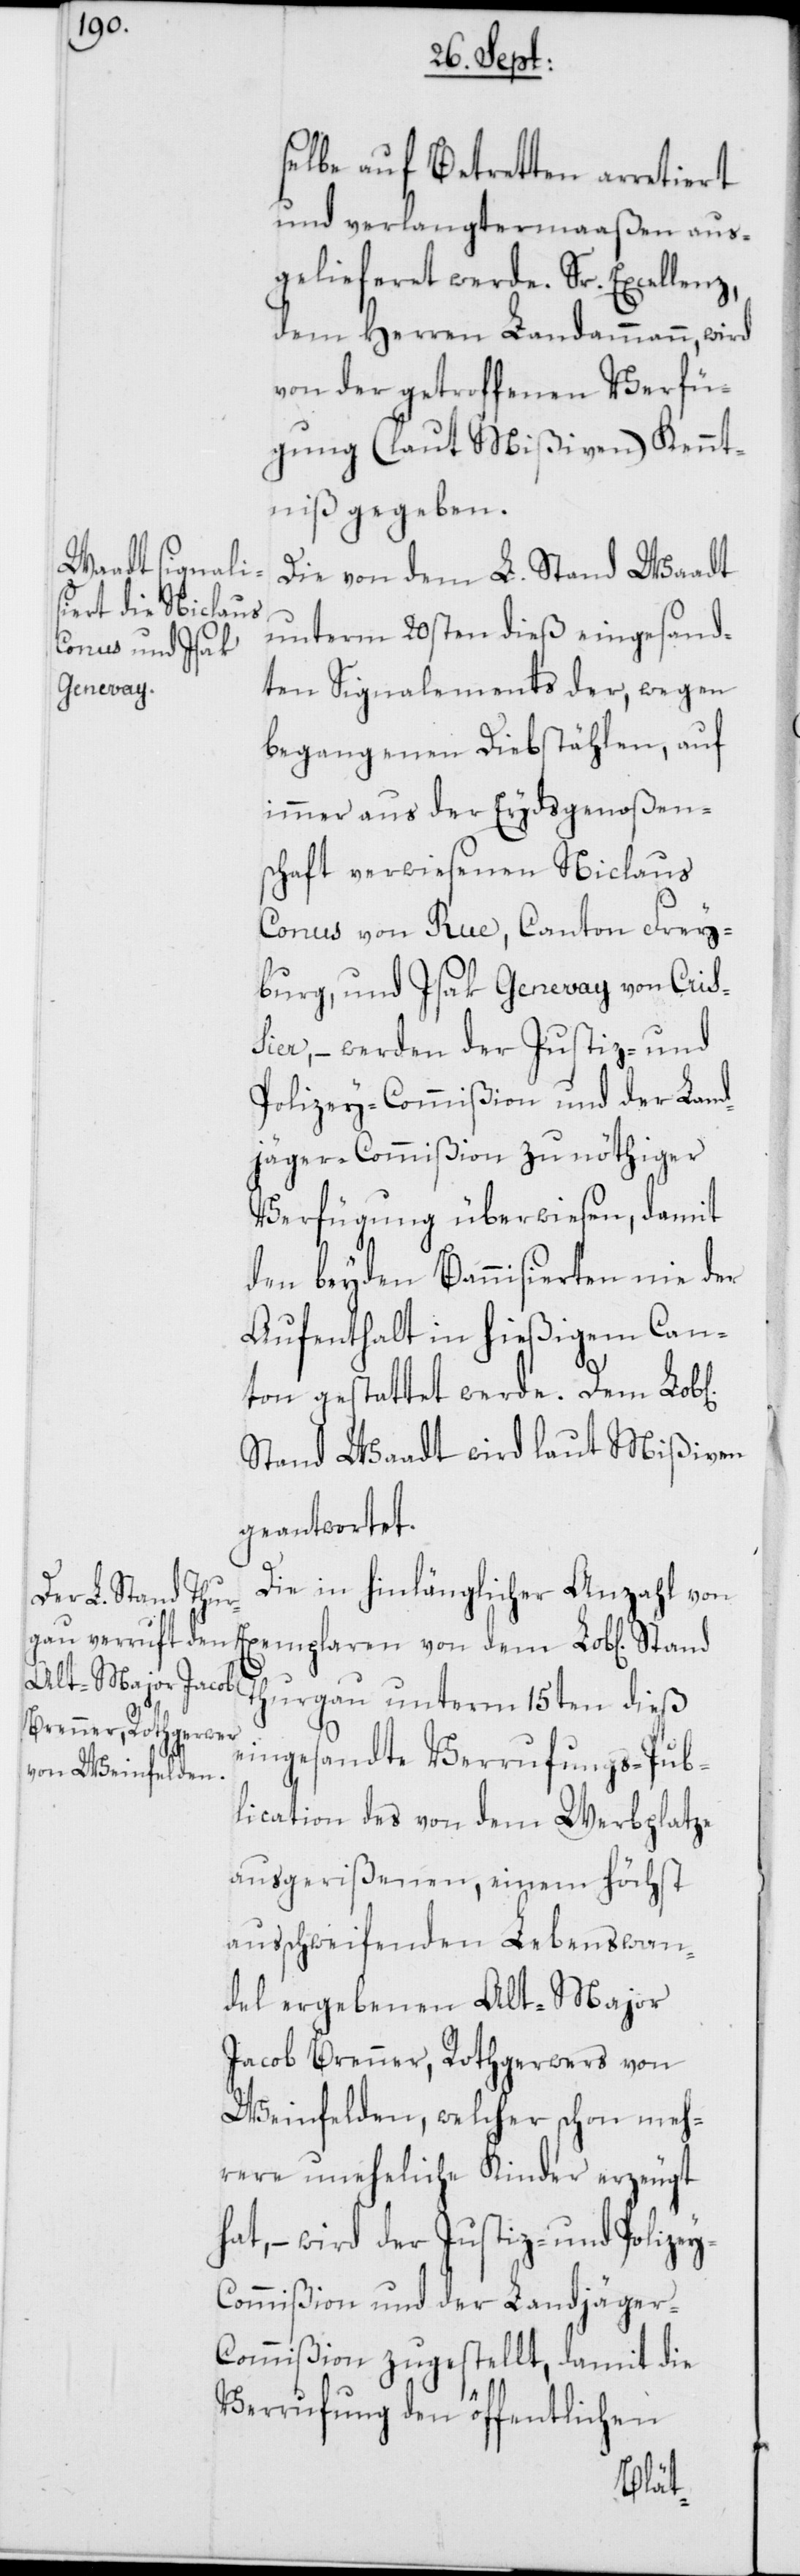
selbe auf Betretten arretiert
und verlangtermaaßen aus¬
gelieferet werde. Sr. Excellenz,
dem Herren Landammann, wird
von der getroffenen Verfü¬
gung (laut Mißiven) Kennt¬
niß gegeben.
Die von dem L. Stand Waadt
unterm 20sten dieß eingesand¬
ten Signalements der, wegen
begangenen Diebstählen, auf
immer aus der Eydsgenoßens¬
chaft verwiesenen Niclaus
Conus von Rue, Canton Frey¬
burg, und Isak Genevay von Cris¬
sier, – werden der Justiz- und
Polizey-Commißion und der Land¬
jäger-Commißion zu nöthiger
Verfügung überwiesen, damit
den beyden Bannisierten nie der
Aufenthalt in hießigem Can¬
ton gestattet werde. Dem Lob[l¬
Stand Waadt wird laut Mißiven
geantwortet.
Die in hinlänglicher Anzahl von
Exemplaren von dem Lob[lichen]
Thurgau unterm 15ten dieß
eingesandte Verrufungs-Pub¬
lication des von dem Werbplatze
ausgerißenen, einem höchst
ausschweifenden Lebenswan¬
del ergebenen Alt-Major
Jacob Brenner, Rothgerwers von
Weinfelden, welcher schon meh¬
rere uneheliche Kinder erzeugt
hat, – wird der Justiz- und Polize¬
ommißion und der Landjäger-C¬
ommißion zugestellt, damit die
Verrufung den öffentlichen
y-C¬